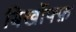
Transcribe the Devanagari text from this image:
बिर्खोफ्फ़